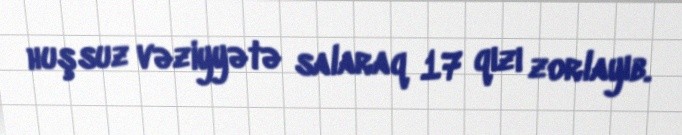
huşsuz vəziyyətə salaraq 17 qızı zorlayıb.